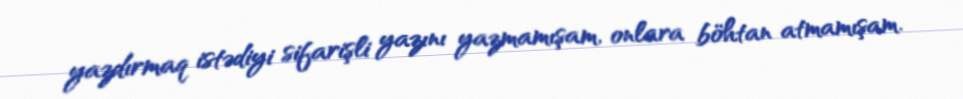
yazdırmaq istədiyi sifarişli yazını yazmamışam, onlara böhtan atmamışam.